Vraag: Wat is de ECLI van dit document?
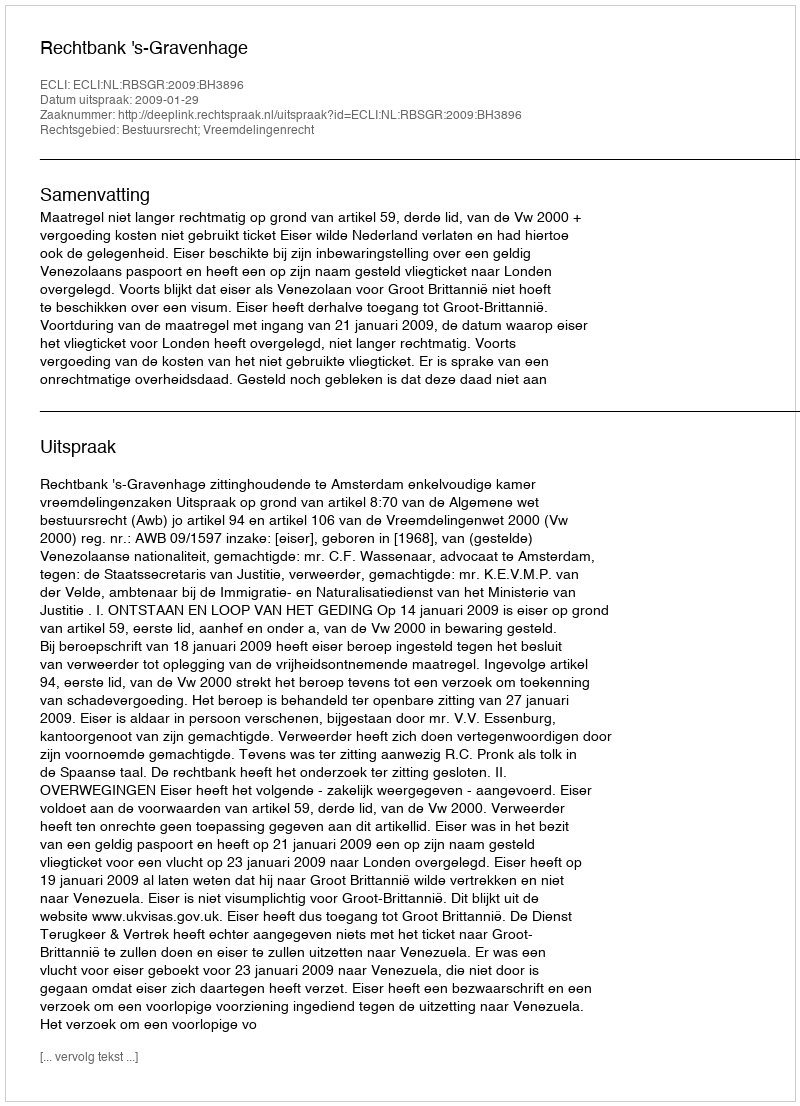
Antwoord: ECLI:NL:RBSGR:2009:BH3896